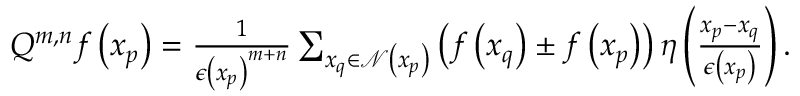
\begin{array} { r } { Q ^ { m , n } f \left( x _ { p } \right) = \frac { 1 } { \epsilon \left( x _ { p } \right) ^ { m + n } } \sum _ { x _ { q } \in \mathcal { N } \left( x _ { p } \right) } \left( f \left( x _ { q } \right) \pm f \left( x _ { p } \right) \right) \eta \left( \frac { x _ { p } - x _ { q } } { \epsilon \left( x _ { p } \right) } \right) . } \end{array}